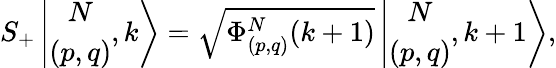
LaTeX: S_{+}\left\vert\begin{array}{c}{{N}}\\ {{(p,q)}}\end{array},k\right>=\sqrt{\Phi_{(p,q)}^{N}(k+1)}\left\vert\begin{array}{c}{{N}}\\ {{(p,q)}}\end{array},k+1\right>,